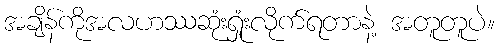
အချိန်ကိုအလဟဿဆုံးရှုံးလိုက်ရတာနဲ့ အတူတူပဲ။